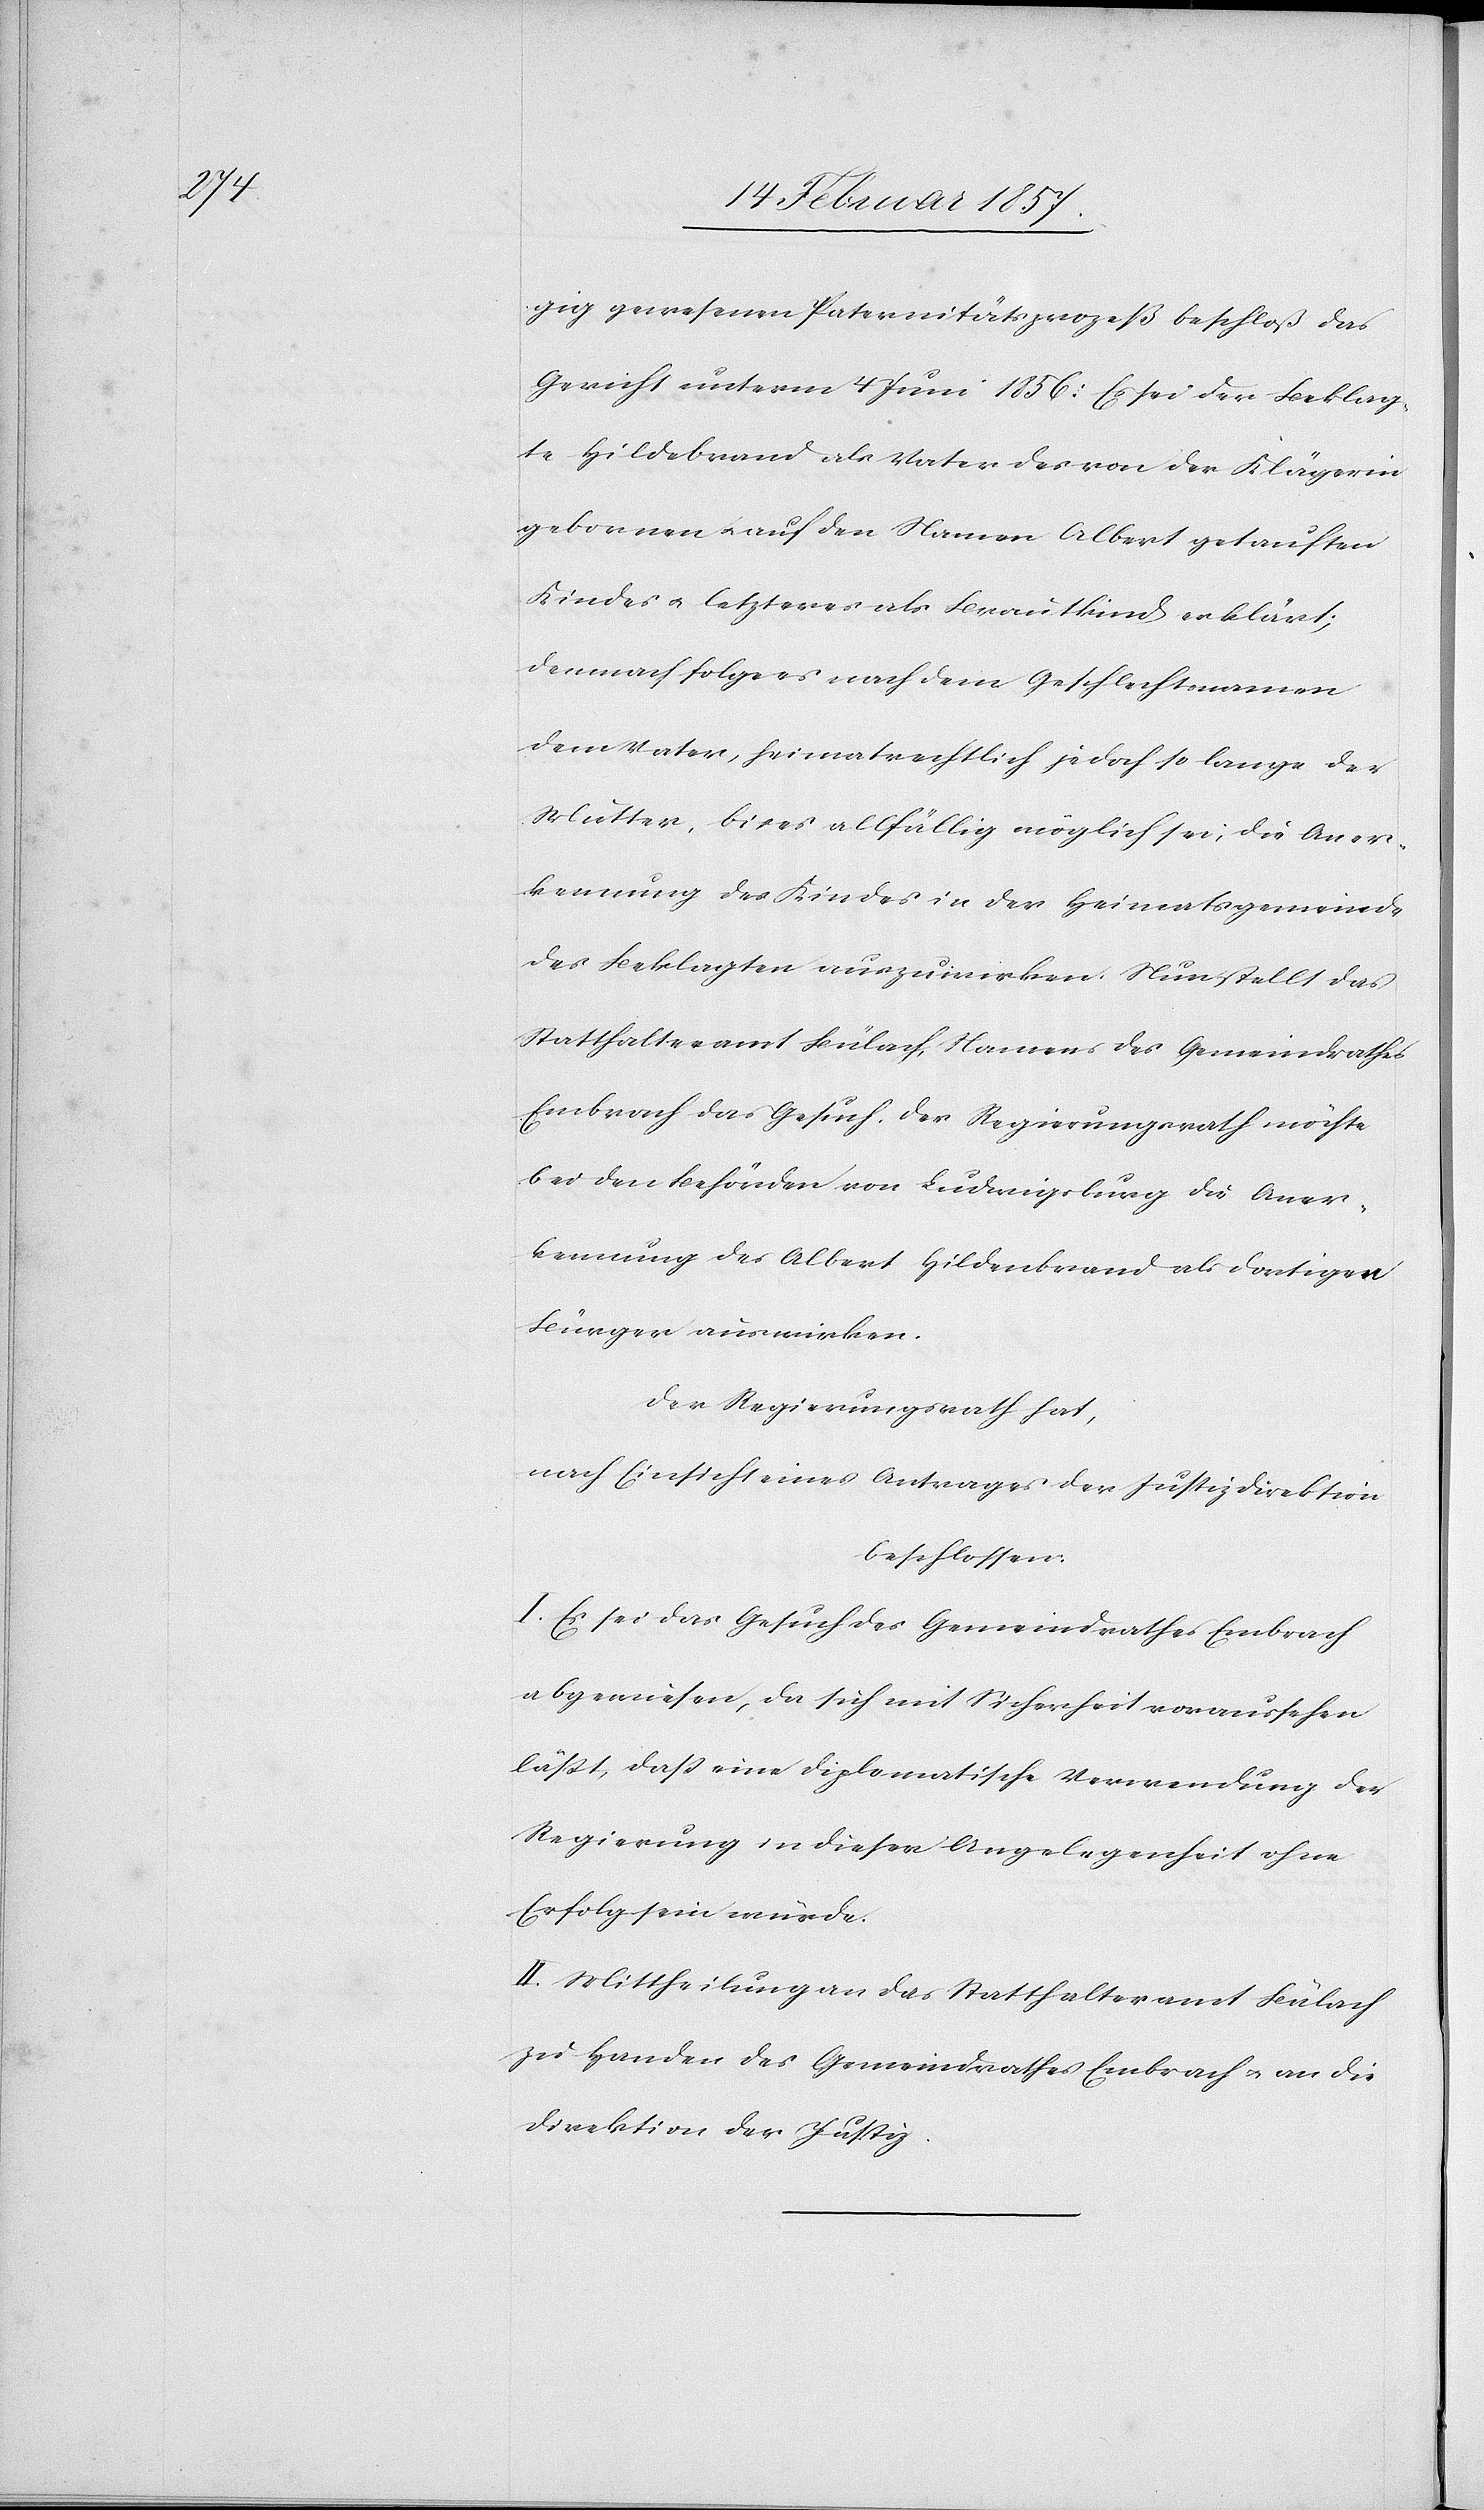
gig gewesenen Paternitätsprozeß beschloß das
Gericht unterm 4 Juni 1856: Es sei der Beklag¬
te Hildebrand als Vater des von der Klägerin
gebornen u. auf den Namen Albert getauften
Kindes u. letzteres als Brautkind erklärt;
demnach folge es nach dem Geschlechtsnamen
dem Vater, heimatrechtlich jedoch so lange der
Mutter, bis es allfällig möglich sei, die Aner¬
kennung des Kindes in der Heimatsgemeinde
des Beklagten auszuwirken. Nun stellt das
Statthalteramt Bülach, Namens des Gemeindrathes
Embrach das Gesuch, der Regierungsrath möchte
bei den Behörden von Ludwigsburg die Aner¬
kennung des Albert Hildenbrand als dortigen
Bürger auswirken.
Der Regierungsrath hat,
nach Einsicht eines Antrages der Justizdirektion
beschlossen:
I. Es sei das Gesuch des Gemeindrathes Embrach
abgewiesen, da sich mit Sicherheit voraussehen
läßt, daß eine diplomatische Verwendung der
Regierung in dieser Angelegenheit ohne
Erfolg sein würde.
II. Mittheilung an das Statthalteramt Bülach
zu Handen des Gemeindrathes Embrach u. an die
Direktion der Justiz.